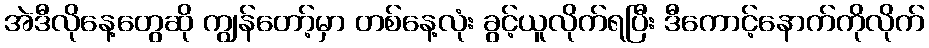
အဲဒီလိုနေ့တွေဆို ကျွန်တော့်မှာ တစ်နေ့လုံး ခွင့်ယူလိုက်ရပြီး ဒီကောင့်နောက်ကိုလိုက်